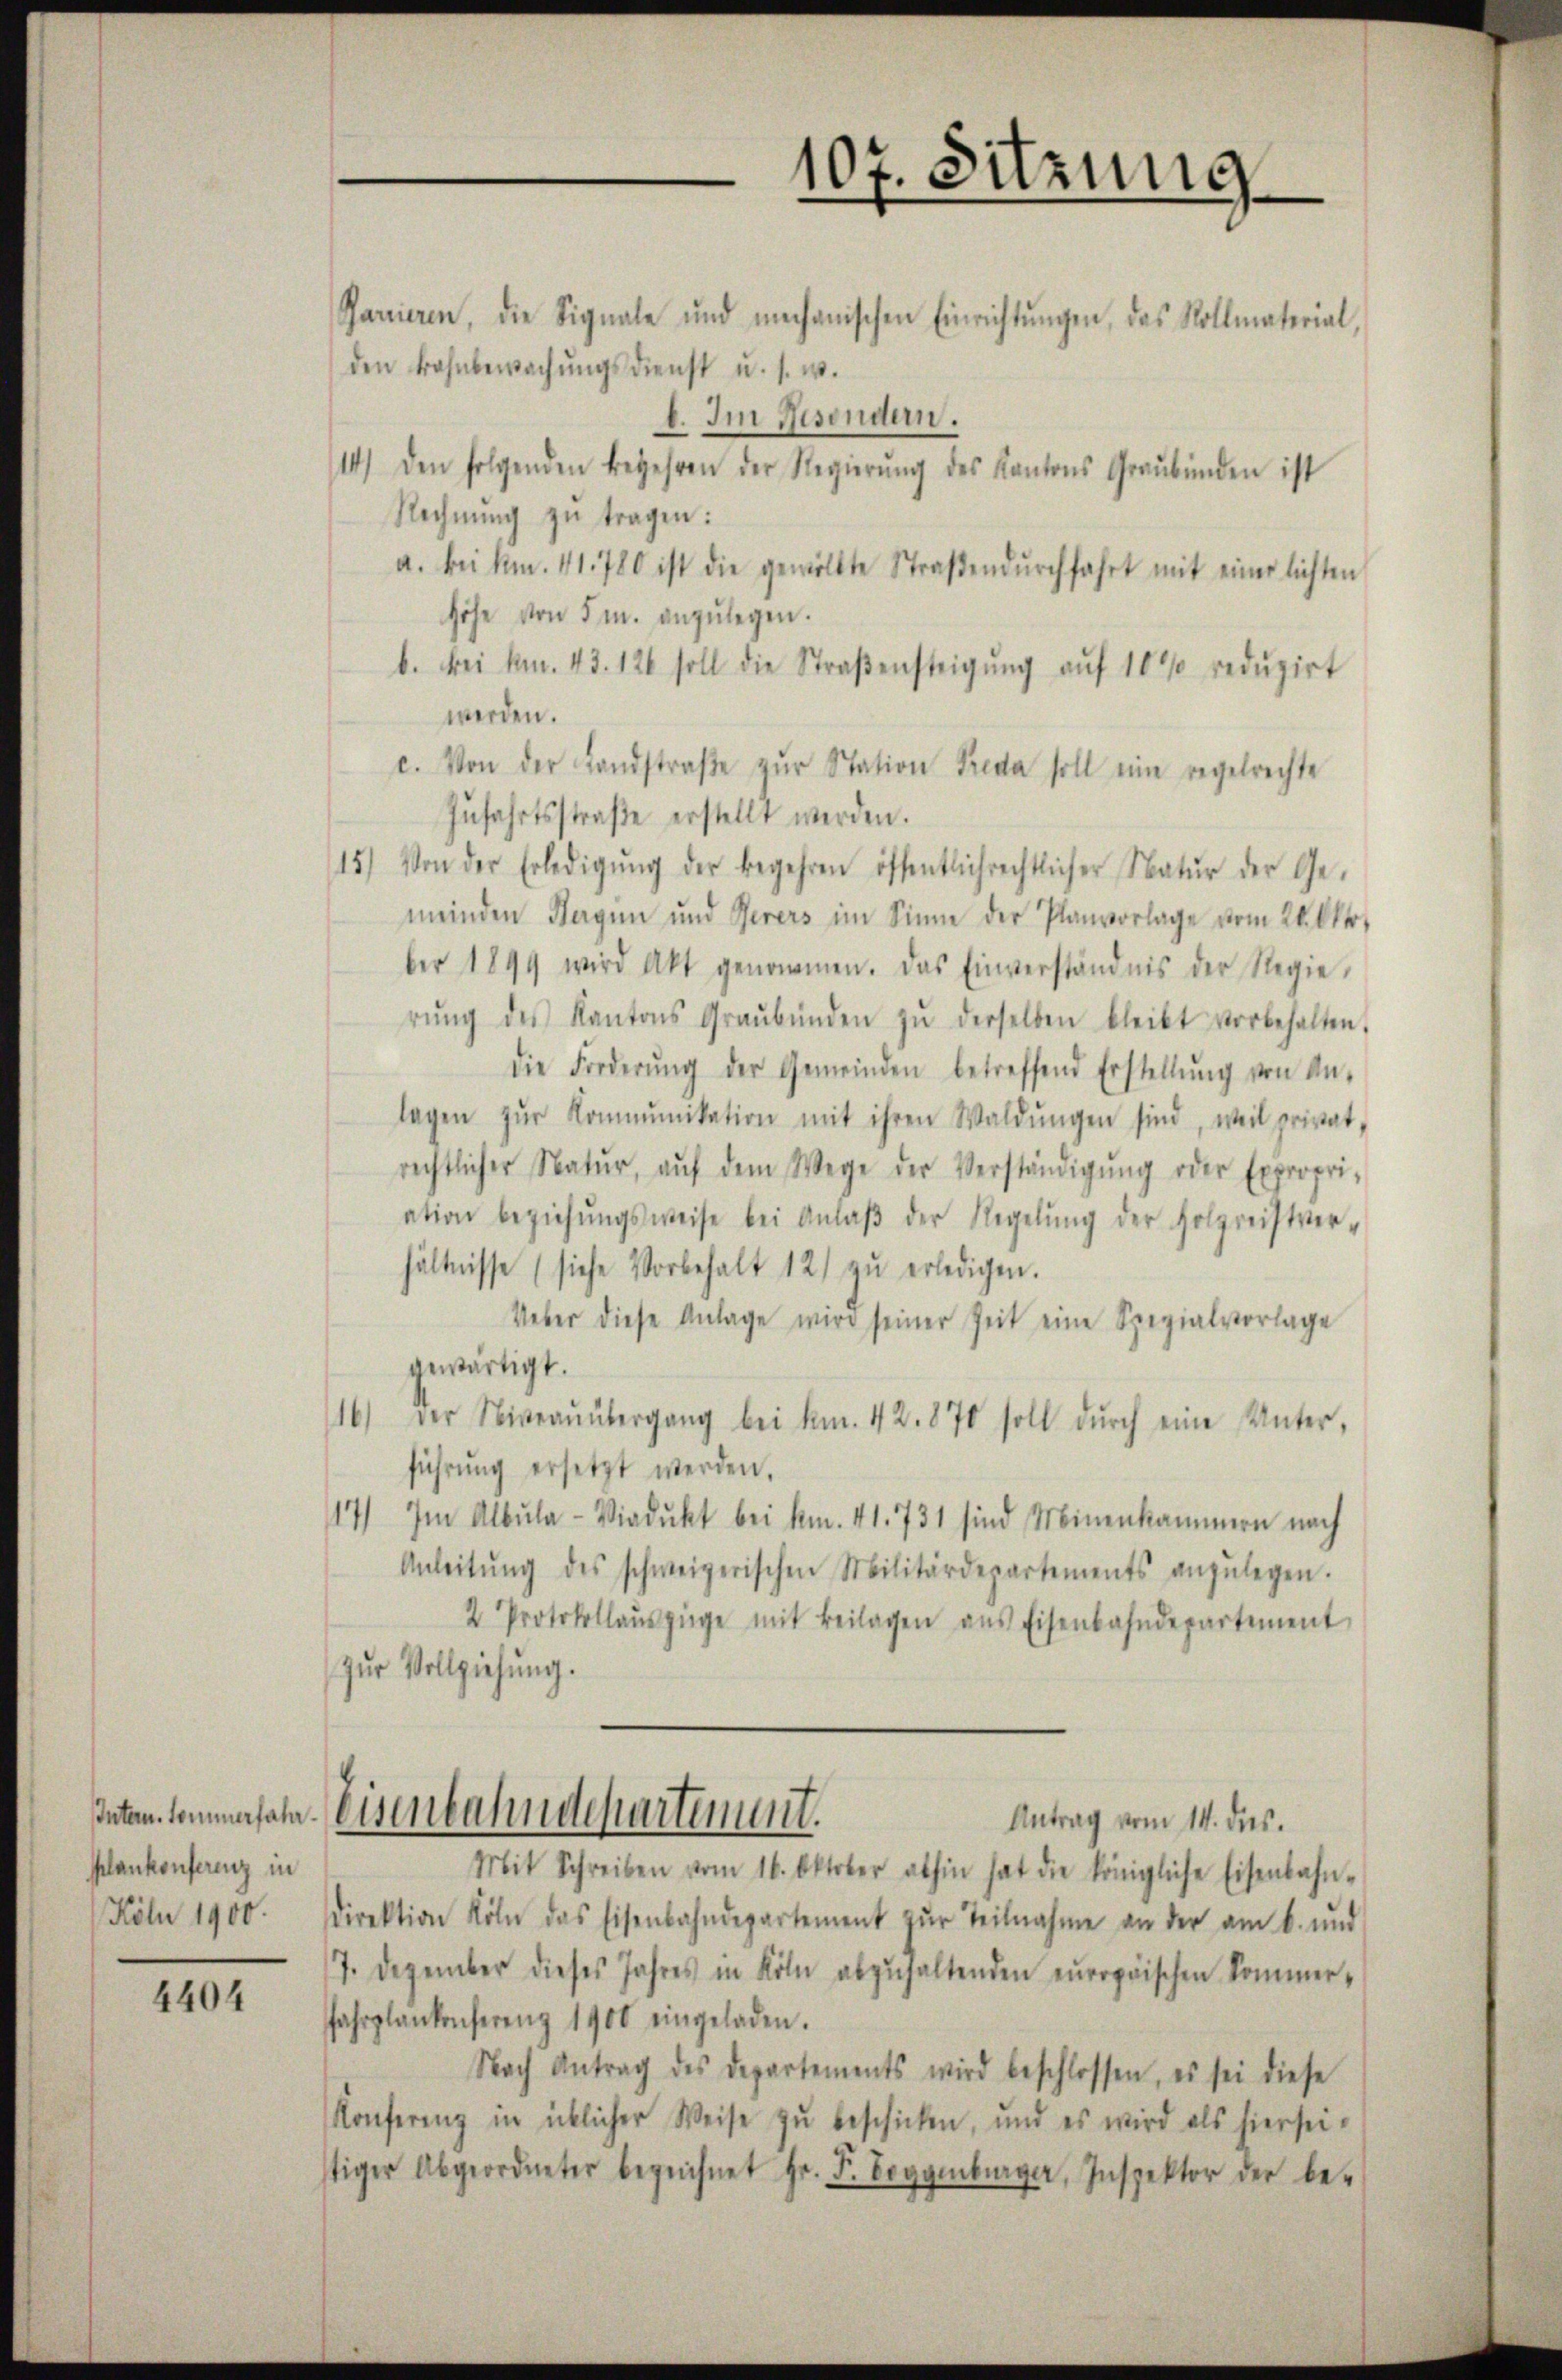
plankonferenz in
Köln 1900.

4404

Panieren, die Signale und mechanischen Einrichtŭngen, das Kollmaterial,
den Bahnbewachŭngsdienst u. s. w.
b. Im Resondern.
14) den folgenden Begehren der Regierŭng des Kantons Graubünden ist
Rechnŭng zu tragen:
a. bei km. 41. 780 ist die gewölbte Straβendŭrchfahrt mit einerlichten
höhe von 5 m. anzŭlegen.
b. bei kn. 43. 126 soll die Straβensteigŭng aŭf 10% redŭzirt
werden.
c. Von der Landstraβe zŭr Station Preda soll eine regelrechte
Zŭfahrtsstraβe erstellt werden.
15) Von der Erledigŭng der begehren öffentlichrechtlicher Natŭr der Ge-
meinden Hagen und Verers im Sinne der Planvorlage vom 20. Okto
ber 1899 wird Akt genommen. Das Einverständnis der Regie-
rŭng des Kantons Graubünden zŭ derselben bleibt vorbehalten.
die Forderŭng der Gemeinden betreffend Erstellŭng von An-
lagen zŭr Kommunikation mit ihren Waldŭngen sind, weil privat-
rechtlicher Natŭr, aŭf dem Wege der Verständigŭng oder Expropri-
ation beziehŭngsweise bei Anlaβ der Regelŭng der Holzreistver-
hältnisse (siehe Vorbehalt 12) zŭ erledigen.
Ueber diese Anlage wird seiner Zeit eine Spezialvorlage
gewärtigt.
16) Der Niveaŭübergang bei kn. 42. 870 soll dŭrch eine Unter-
führŭng ersetzt werden.
117) Im Albŭla-Viadŭkt bei km. 41. 731 sind Minenkammern nach
Anleitŭng des schweizerischen Militärdepartements anzŭlegen.
2. Protokollauszüge mit Beilagen ans Eisenbahndepartement
Zŭr Vollziehung.
Inten kommersale Eisenbahndepartement.
Antrag vom 14. dies.
Mit Schreiben vom 16. Oktober abhin hat die königliche Eisenbahn-
Direktion Köln das Eisenbahndepartement zŭr Teilnahme an der am 6. und
7. Dezember dieses Jahres in Köln abzŭhaltenden europäischen Kommer-
Jahrplankenferenz 1900 eingeladen.
Nach Antrag des Departements wird beschlossen, es sei diese
Konferenz in icklicher Weise zu beschicken, und es wird als hiersei-
stiger Abgeordneter bezeichnet Hr. F. Boggenburger, Inspektor der be¬

107. Sitzung